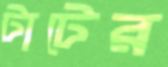
টাটের